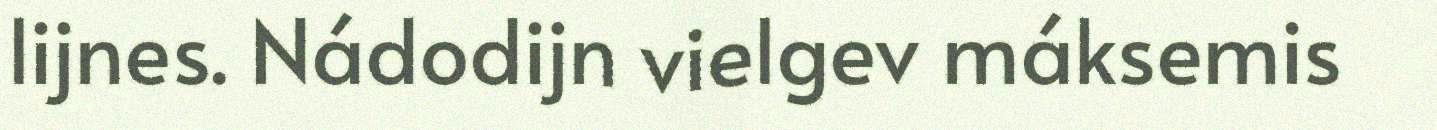
lijnes. Nádodijn vielgev máksemis